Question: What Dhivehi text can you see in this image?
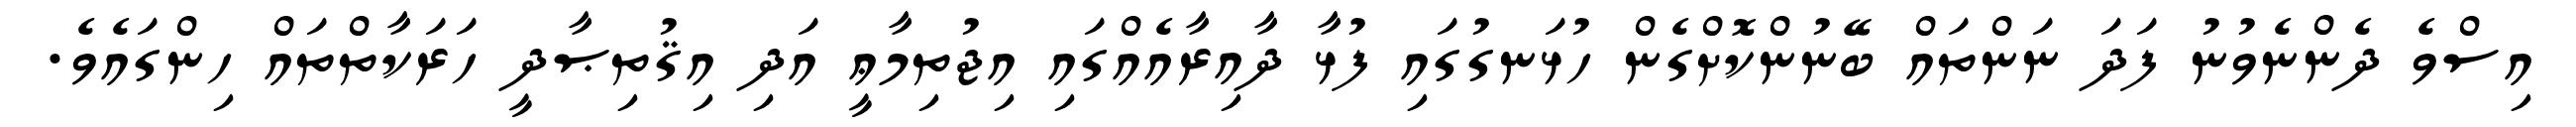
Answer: އިސްވެ ދެންނެވުނު ފަދަ ނަންތައް ބޭނުންކޮށްގެން ހުޅަނގުގައި ފުޅާ ދާއިރާއެއްގައި އިޖުތިމާޢީ އަދި އިޤުތިޞާދީ ހަރަކާތްތައް ހިންގައެވެ.